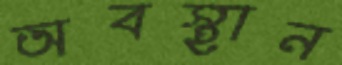
অবস্থান